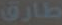
طارق